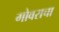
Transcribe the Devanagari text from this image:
गोवराचा